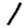
Digit: 1